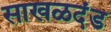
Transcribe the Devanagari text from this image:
साखळदंड